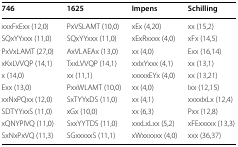
<table><thead><tr><td><b>746</b></td><td><b>1625</b></td><td><b>Impens</b></td><td><b>Schilling</b></td></tr></thead><tbody><tr><td>xxxFxExx (12,0)</td><td>PxVSLAMT (10,0)</td><td>xEx (4,20)</td><td>xx (15,2)</td></tr><tr><td>SQxYYxxx (11,0)</td><td>SQxYYxxx (11,0)</td><td>xExRxxxx (4,0)</td><td>xFx (14,5)</td></tr><tr><td>PxVxLAMT (27,0)</td><td>AxVLAEAx (13,0)</td><td>xx (4,0)</td><td>Exx (16,14)</td></tr><tr><td>xKxLVVQP (14,1)</td><td>TxxLVVQP (14,1)</td><td>xxIxYxxx (4,1)</td><td>xx (13,1)</td></tr><tr><td>x (14,0)</td><td>xx (11,1)</td><td>xxxxxEYx (4,0)</td><td>xx (13,21)</td></tr><tr><td>Exx (13,0)</td><td>PxxWLAMT (10,0)</td><td>xx (4,0)</td><td>Ixx (12,15)</td></tr><tr><td>xxNxPQxx (12,0)</td><td>SxTYYxDS (11,0)</td><td>xx (4,1)</td><td>xxxxIxLx (12,4)</td></tr><tr><td>SDTYYxxS (11,0)</td><td>xGx (10,0)</td><td>xx (6,3)</td><td>Pxx (12,8)</td></tr><tr><td>xQNYPIVQ (11,0)</td><td>SxxYYTDS (11,0)</td><td>xxxLxLxx (5,2)</td><td>xFExxxxx (13,3)</td></tr><tr><td>SxNxPxVQ (11,3)</td><td>SGxxxxxS (11,1)</td><td>xWxxxxxx (4,0)</td><td>xxx (36,37)</td></tr></tbody></table>